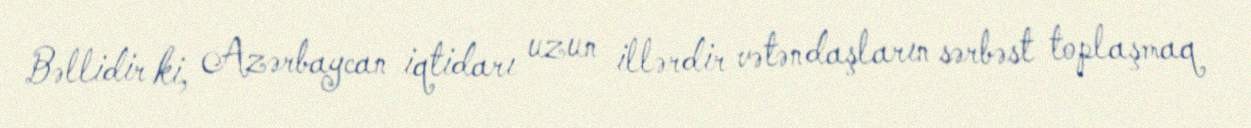
Bəllidir ki, Azərbaycan iqtidarı uzun illərdir vətəndaşların sərbəst toplaşmaq